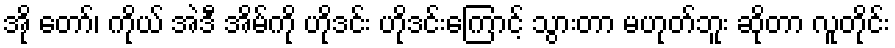
အို တော်၊ ကိုယ် အဲဒီ အိမ်ကို ဟိုဒင်း ဟိုဒင်းကြောင့် သွားတာ မဟုတ်ဘူး ဆိုတာ လူတိုင်း